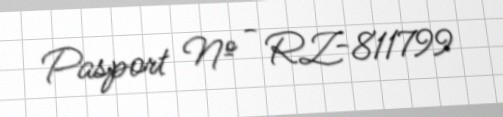
Pasport № - RZ-811799